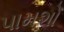
પામશો